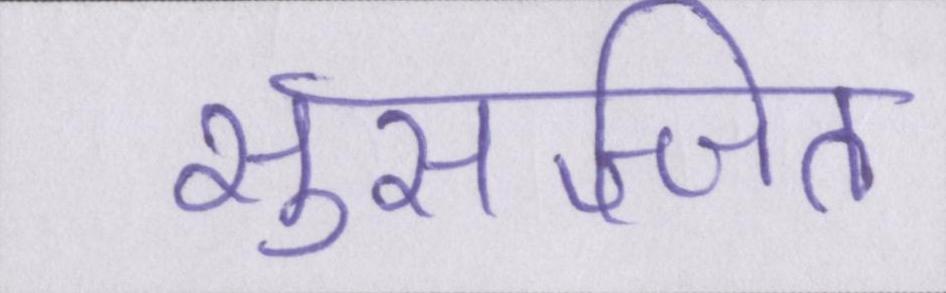
सुसज्जित